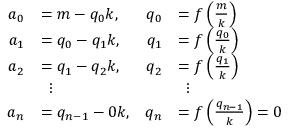
{ \begin{array} { r l r l r } { a _ { 0 } } & { = m - q _ { 0 } k , } & { q _ { 0 } } & { = f \left( { \frac { m } { k } } \right) } & \\ { a _ { 1 } } & { = q _ { 0 } - q _ { 1 } k , } & { q _ { 1 } } & { = f \left( { \frac { q _ { 0 } } { k } } \right) } & \\ { a _ { 2 } } & { = q _ { 1 } - q _ { 2 } k , } & { q _ { 2 } } & { = f \left( { \frac { q _ { 1 } } { k } } \right) } & \\ & { \, \, \, \vdots } & & { \, \, \, \vdots } \\ { a _ { n } } & { = q _ { n - 1 } - 0 k , } & { q _ { n } } & { = f \left( { \frac { q _ { n - 1 } } { k } } \right) = 0 } \end{array} }